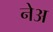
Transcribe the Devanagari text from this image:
नेअ